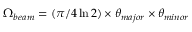
\Omega _ { b e a m } = ( \pi / 4 \ln 2 ) \times \theta _ { m a j o r } \times \theta _ { m i n o r }